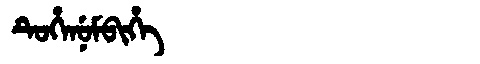
Manchu: ᡨᡠᡥᡝᠨᡠᠮᠪᡳᡥᡝ
Romanization: TUHENUMBIHE